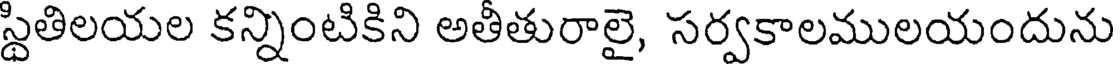
స్థితిలయల కన్నింటికిని అతీతురాలై, సర్వకాలములయందును